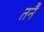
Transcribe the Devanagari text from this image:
तनै